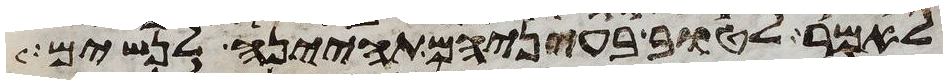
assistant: לאמר לטוב בעיניהם תהינה לנשים